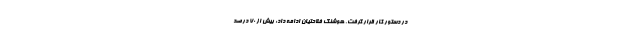
در دستور کار قرار گرفت. هوشنگ فلاحتیان ادامه داد: بیش از ۷۰ درصد